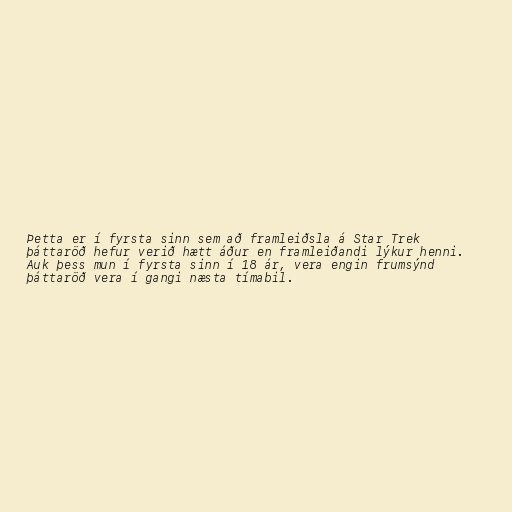
Þetta er í fyrsta sinn sem að framleiðsla á Star Trek
þáttaröð hefur verið hætt áður en framleiðandi lýkur henni.
Auk þess mun í fyrsta sinn í 18 ár, vera engin frumsýnd
þáttaröð vera í gangi næsta tímabil.